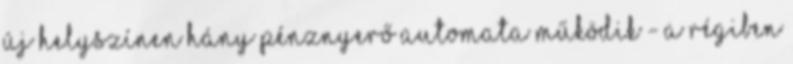
új helyszínen hány pénznyerő automata működik - a régiben